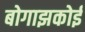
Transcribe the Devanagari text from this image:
बोगाझकोई